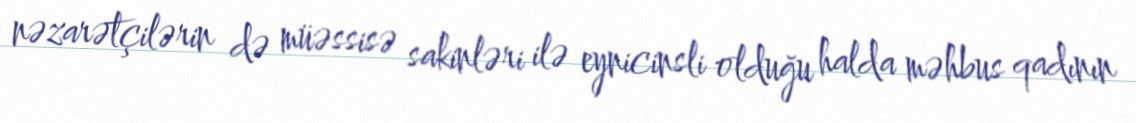
nəzarətçilərin də müəssisə sakinləri ilə eynicinsli olduğu halda məhbus qadının